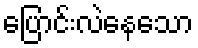
ပြောင်းလဲနေသော